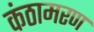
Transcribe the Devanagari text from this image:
कंठामरण